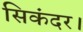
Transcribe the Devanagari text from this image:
सिकंदर।